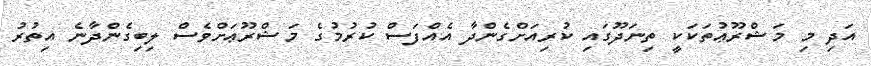
އަދި މި މަޝްރޫޢުތަކަކީ ތިނަދޫގައި ކުރިއަށްގެންދާ އެއްފަސް ކުރުމުގެ މަޝްރޫޢަށްވެސް ލިބިގެންދާނެ އިތުރު